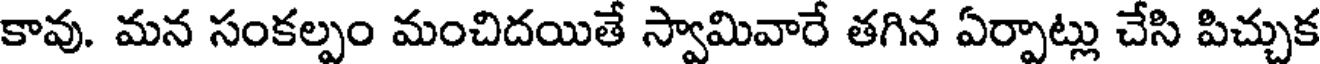
కావు. మన సంకల్పం మంచిదయితే స్వామివారే తగిన ఏర్పాట్లు చేసి పిచ్చుక